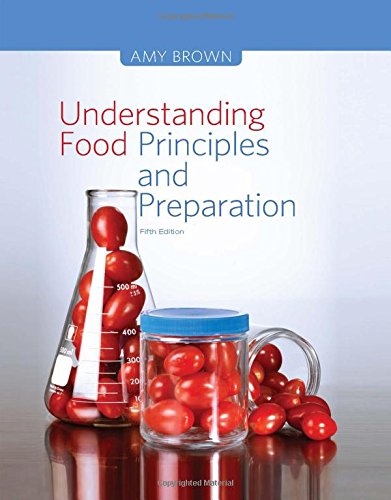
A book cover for Understanding Food: Principles and Preparation; Amy Christine Brown; Medical Books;